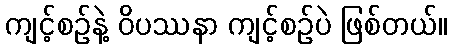
ကျင့်စဉ်နဲ့ ဝိပဿနာ ကျင့်စဉ်ပဲ ဖြစ်တယ်။